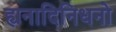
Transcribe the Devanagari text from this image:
ह्यनादिनिधनो